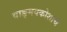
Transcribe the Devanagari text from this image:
वाङ्मयकोशाचे